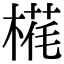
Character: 𬃵